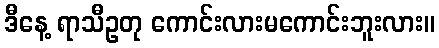
ဒီနေ့ ရာသီဥတု ကောင်းလားမကောင်းဘူးလား။